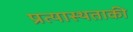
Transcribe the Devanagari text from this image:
प्रत्यास्थताकी